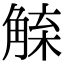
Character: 𧤇